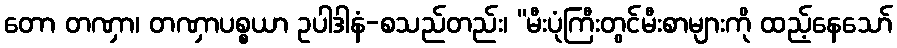
တော တဏှာ၊ တဏှာပစ္စယာ ဥပါဒါနံ-စသည်တည်း၊ “မီးပုံကြီးတွင်မီးစာများကို ထည့်နေသော်